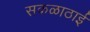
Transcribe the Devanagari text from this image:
सकळाठाई